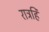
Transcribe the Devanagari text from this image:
रात्रहि